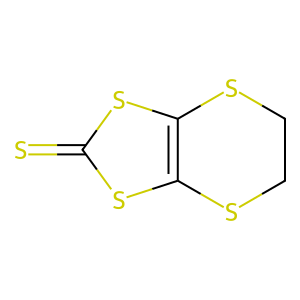
SMILES: S=c1sc2c(s1)SCCS2
Inhibits HIV replication: No